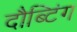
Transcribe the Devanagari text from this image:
दौब्टिंग